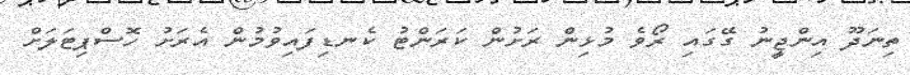
ތިނަދޫ އިންޖީނު ގޭގައި ރޯވެ މުޅިން ރަށުން ކަރަންޓު ކެނޑިފައިވުމުން އެރަށު ހޮސްޕިޓަލަށް